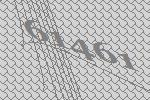
61461